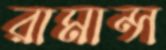
রামান্স